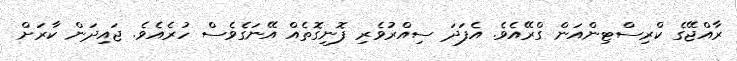
ރާއްޖޭގެ ކްރިސްޓިންއަން ގްރޭއެވެ. އެފަދަ ސިއްރުވެރި ފޮނިގޮތެއް އޭނަގެވެސް ހުރެއެވެ. ޖައިދަން ކާރަށް